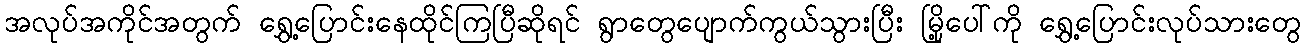
အလုပ်အကိုင်အတွက် ရွှေ့ပြောင်းနေထိုင်ကြပြီဆိုရင် ရွာတွေပျောက်ကွယ်သွားပြီး မြို့ပေါ်ကို ရွှေ့ပြောင်းလုပ်သားတွေ